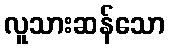
လူသားဆန်သော